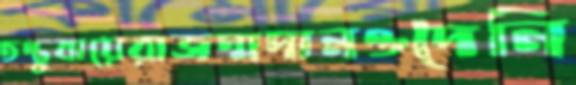
তন্তুবায়েরাজন্মদানওদৈনি